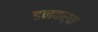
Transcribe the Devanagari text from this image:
डनकर्क